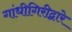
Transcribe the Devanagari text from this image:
गांधीगिरीद्वारे